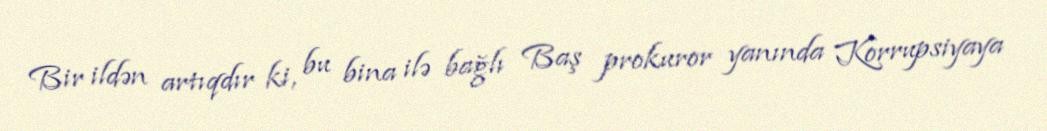
Bir ildən artıqdır ki, bu bina ilə bağlı Baş prokuror yanında Korrupsiyaya